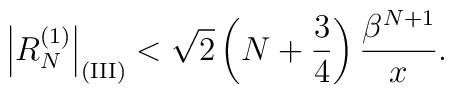
\left|R_N^{(1)}\right|_{\rm (III)}   <\sqrt{2}\left(N+{3\over 4}\right){\beta^{N+1}\over x}.